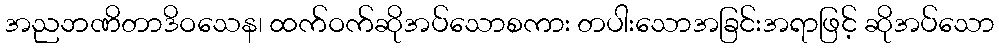
အညဘဏိတာဒိဝသေန၊ ထက်ဝက်ဆိုအပ်သောစကား တပါးသောအခြင်းအရာဖြင့် ဆိုအပ်သော